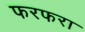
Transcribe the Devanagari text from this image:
फरफरा